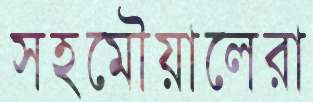
সহমৌয়ালেরা